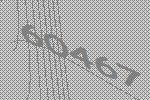
60467